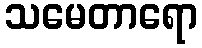
သမေတာရော